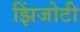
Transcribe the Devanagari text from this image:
झिंजोटी